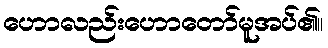
ဟောလည်းဟောတော်မူအပ်၏။